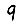
Digit: 9